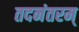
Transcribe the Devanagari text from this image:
तदनंतरम्